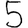
Digit: 5